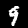
Digit: 9